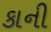
કાની